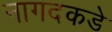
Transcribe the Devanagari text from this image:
नागदकडे